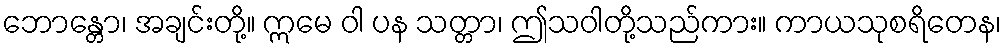
ဘောန္တော၊ အချင်းတို့။ ဣမေ ဝါ ပန သတ္တာ၊ ဤသဝါတို့သည်ကား။ ကာယသုစရိတေန၊